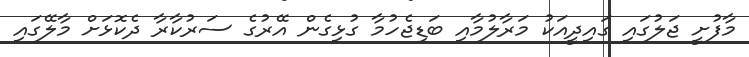
މާފުށީ ޖަލުގައި ގައިދީއަކު މަރާލުމާއި ބަޑިޖެހުމާ ގުޅިގެން އޭރުގެ ސަރުކާރާ ދެކޮޅަށް މާލޭގައި